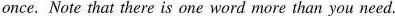
once. Note that there is one word more than you need.